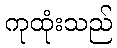
ကုထုံးသည်